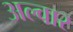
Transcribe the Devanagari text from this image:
अल्वार